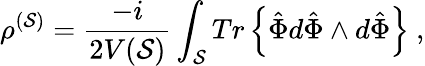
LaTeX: \rho^{({\cal S})}=\frac{-i}{2V({\cal S})}\int_{{\cal S}}{Tr\left\{ \hat{\Phi}d\hat{\Phi}\wedge d\hat{\Phi}\right\} }\ ,